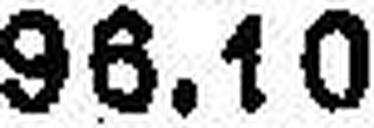
96.10